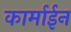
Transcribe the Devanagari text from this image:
कार्माईन